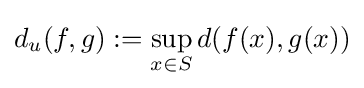
d_{u}(f,g):=\sup _{x\in S}d(f(x),g(x))